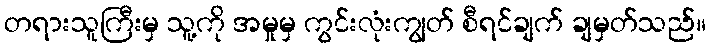
တရားသူကြီးမှ သူ့ကို အမှုမှ ကွင်းလုံးကျွတ် စီရင်ချက် ချမှတ်သည်။